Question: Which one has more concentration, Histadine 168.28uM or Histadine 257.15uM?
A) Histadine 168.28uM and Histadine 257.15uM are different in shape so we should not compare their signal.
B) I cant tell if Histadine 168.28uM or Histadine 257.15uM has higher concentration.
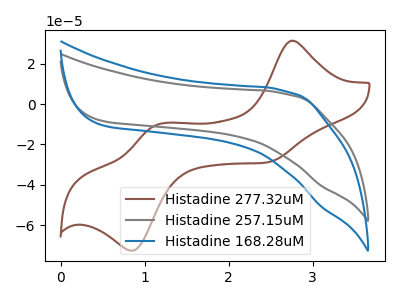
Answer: <think>The brown curve "Histadine 277.32uM" has anodic peaks at (2.75V, 31.35uA) (1.15V, -10.05uA) and cathodic peaks at (2.45V, -29.00uA) (0.85V, -72.65uA). The gray curve "Histadine 257.15uM" has no peaks. The blue curve "Histadine 168.28uM" has no peaks.
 Neither "Histadine 168.28uM" or "Histadine 257.15uM" have any peaks.</think>
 <answer>B) I cant tell if "Histadine 168.28uM" or "Histadine 257.15uM" has higher concentration.</answer>
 <eval>B</eval>